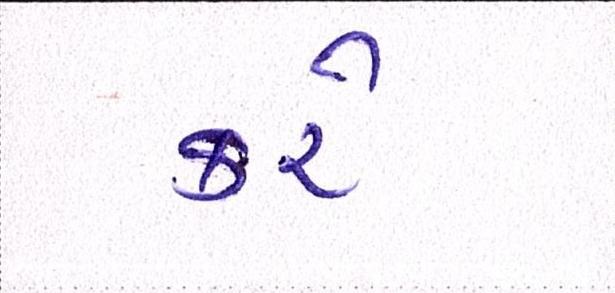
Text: કરેઃ